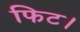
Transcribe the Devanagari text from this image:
फिट।